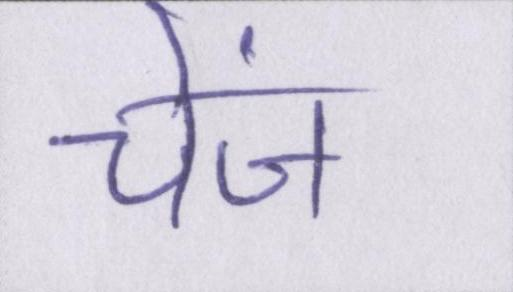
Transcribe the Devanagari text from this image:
चेंज